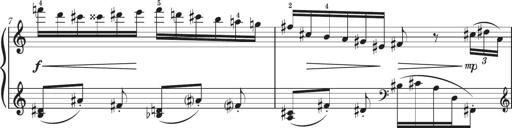
Title: Sonatine in 3 SÃ¤tzen
Composer: Gertrud Schweizer